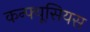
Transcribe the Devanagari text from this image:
कन्फ्यूसियस